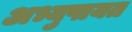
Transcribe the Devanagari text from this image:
अभ्युपायत